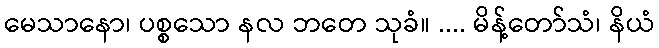
မေသာနော၊ ပစ္စသော နလ ဘတေ သုခံ။ .... မိန့်တော်သံ၊ နိယံ